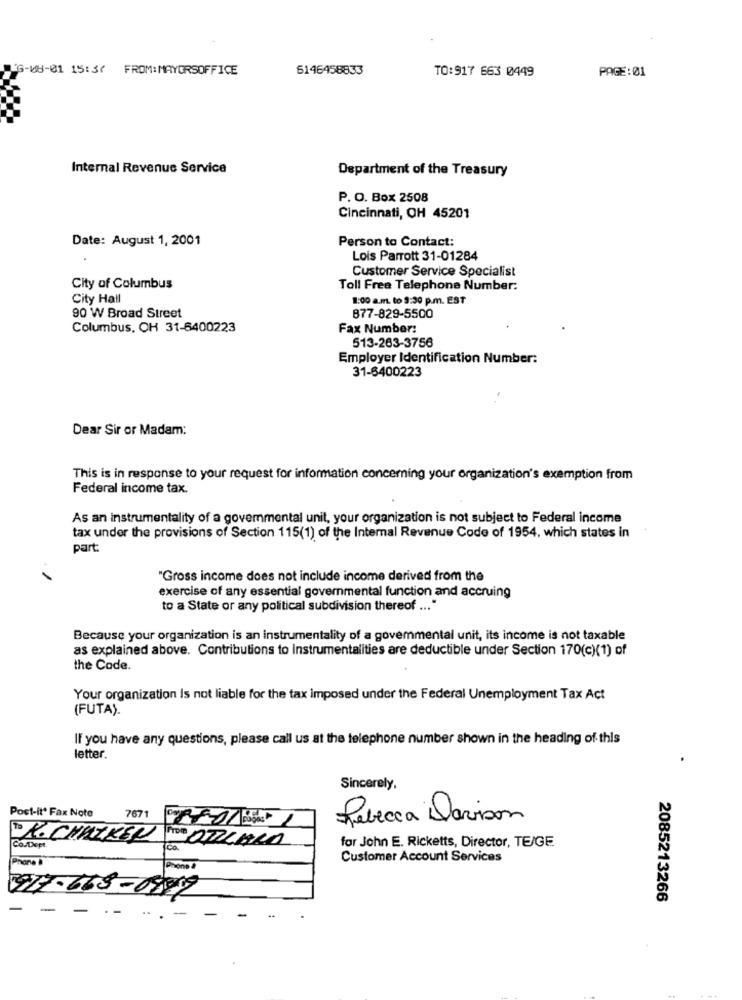
26-08-01 15:37 FROM: MAYORSOFFICE
6146458833
TO:917 663 0449
PAGE: 01
Internal Revenue Service
Department of the Treasury
P. O. Box 2508
Cincinnati, OH 45201
Date: August 1, 2001
Person to Contact:
Lois Parrott 31-01284
Customer Service Specialist
City of Columbus
Toll Free Telephone Number:
City Hall
1:00 a.m. to 9:30 p.m. EST
90 W Broad Street
877-829-5500
Columbus, CH 31-6400223
Fax Number:
513-263-3756
Employer Identification Number:
31-6400223
Dear Sir or Madam:
This is in response to your request for information concerning your organization's exemption from
Federal income tax.
As an instrumentality of a govemmental unit, your organization is not subject to Federal income
tax under the provisions of Section 115(1) of the Internal Revenue Code of 1954, which states in
part:
"Gross income does not include income derived from the
exercise of any essential governmental function and accruing
to a State or any political subdivision thereof ... "
Because your organization is an instrumentality of a govemmental unit, its income is not taxable
as explained above. Contributions to Instrumentalities are deductible under Section 170(c)(1) of
the Code.
Your organization Is not liable for the tax imposed under the Federal Unemployment Tax Act
(FUTA).
If you have any questions, please call us at the telephone number shown in the heading of this
letter.
Sincerely,
Post-it* Fax Note
7671
Rebecca Davison
Caso
18
for John E. Ricketts, Director, TEJGE
Phone
Customer Account Services
Phone &
168- 08-19
2085213266